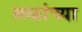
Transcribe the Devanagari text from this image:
रूळांच्या